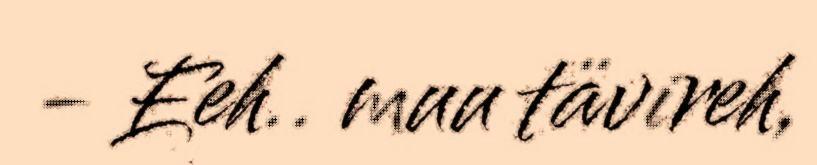
- Eeh.. muu tävireh,